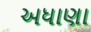
અધાણા